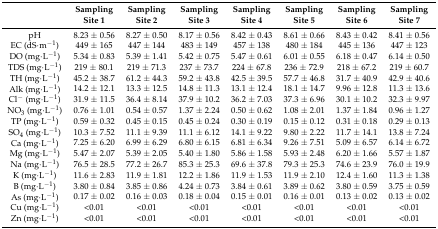
<table><thead><tr><td></td><td><b>Sampling Site 1</b></td><td><b>Sampling Site 2</b></td><td><b>Sampling Site 3</b></td><td><b>Sampling Site 4</b></td><td><b>Sampling Site 5</b></td><td><b>Sampling Site 6</b></td><td><b>Sampling Site 7</b></td></tr></thead><tbody><tr><td>pH</td><td>8.23 ± 0.56</td><td>8.27 ± 0.50</td><td>8.17 ± 0.56</td><td>8.42 ± 0.43</td><td>8.61 ± 0.66</td><td>8.43 ± 0.42</td><td>8.41 ± 0.56</td></tr><tr><td>EC (dS·m<sup>−1</sup>)</td><td>449 ± 165</td><td>447 ± 144</td><td>483 ± 149</td><td>457 ± 138</td><td>480 ± 184</td><td>445 ± 136</td><td>447 ± 123</td></tr><tr><td>DO (mg·L<sup>−1</sup>)</td><td>5.34 ± 0.83</td><td>5.39 ± 1.41</td><td>5.42 ± 0.75</td><td>5.47 ± 0.61</td><td>6.01 ± 0.55</td><td>6.18 ± 0.47</td><td>6.14 ± 0.50</td></tr><tr><td>TDS (mg·L<sup>−1</sup>) </td><td>219 ± 80.1</td><td>219 ± 71.3</td><td>237 ± 73.7</td><td>224 ± 67.8</td><td>236 ± 72.9</td><td>218 ± 67.2</td><td>219 ± 60.7</td></tr><tr><td>TH (mg·L<sup>−1</sup>)</td><td>45.2 ± 38.7</td><td>61.2 ± 44.3</td><td>59.2 ± 43.8</td><td>42.5 ± 39.5</td><td>57.7 ± 46.8</td><td>31.7 ± 40.9</td><td>42.9 ± 40.6</td></tr><tr><td>Alk (mg·L<sup>−1</sup>)</td><td>14.2 ± 12.1</td><td>13.3 ± 12.5</td><td>14.8 ± 11.3</td><td>13.1 ± 12.4</td><td>18.1 ± 14.7</td><td>9.96 ± 12.8</td><td>11.3 ± 13.6</td></tr><tr><td>Cl<sup>−</sup> (mg·L<sup>−1</sup>)</td><td>31.9 ± 11.5</td><td>36.4 ± 8.14</td><td>37.9 ± 10.2</td><td>36.2 ± 7.03</td><td>37.3 ± 6.96</td><td>30.1 ± 10.2</td><td>32.3 ± 9.97</td></tr><tr><td>NO<sub>3</sub> (mg·L<sup>−1</sup>)</td><td>0.76 ± 1.01</td><td>0.54 ± 0.57</td><td>1.37 ± 2.24</td><td>0.50 ± 0.62</td><td>1.08 ± 2.01</td><td>1.37 ± 1.84</td><td>0.96 ± 1.27</td></tr><tr><td>TP (mg·L<sup>−1</sup>)</td><td>0.59 ± 0.32</td><td>0.45 ± 0.15</td><td>0.45 ± 0.24</td><td>0.30 ± 0.19</td><td>0.15 ± 0.12</td><td>0.31 ± 0.18</td><td>0.29 ± 0.13</td></tr><tr><td>SO<sub>4</sub> (mg·L<sup>−1</sup>)</td><td>10.3 ± 7.52</td><td>11.1 ± 9.39</td><td>11.1 ± 6.12</td><td>14.1 ± 9.22</td><td>9.80 ± 2.22</td><td>11.7 ± 14.1</td><td>13.8 ± 7.24</td></tr><tr><td>Ca (mg·L<sup>−1</sup>)</td><td>7.25 ± 6.20</td><td>6.99 ± 6.29</td><td>6.80 ± 6.15</td><td>6.81 ± 6.34</td><td>9.26 ± 7.51</td><td>5.09 ± 6.57</td><td>6.14 ± 6.72</td></tr><tr><td>Mg (mg·L<sup>−1</sup>)</td><td>5.47 ± 2.07</td><td>5.39 ± 2.05</td><td>5.40 ± 1.80</td><td>5.86 ± 1.58</td><td>5.93 ± 2.48</td><td>6.20 ± 1.66</td><td>5.57 ± 1.87</td></tr><tr><td>Na (mg·L<sup>−1</sup>)</td><td>76.5 ± 28.5</td><td>77.2 ± 26.7</td><td>85.3 ± 25.3</td><td>69.6 ± 37.8</td><td>79.3 ± 25.3</td><td>74.6 ± 23.9</td><td>76.0 ± 19.9</td></tr><tr><td>K (mg·L<sup>−1</sup>)</td><td>11.6 ± 2.83</td><td>11.9 ± 1.81</td><td>12.2 ± 1.86</td><td>11.9 ± 1.53</td><td>11.9 ± 2.10</td><td>12.4 ± 1.60</td><td>11.3 ± 1.38</td></tr><tr><td>B (mg·L<sup>−1</sup>)</td><td>3.80 ± 0.84</td><td>3.85 ± 0.86</td><td>4.24 ± 0.73</td><td>3.84 ± 0.61</td><td>3.89 ± 0.62</td><td>3.80 ± 0.59</td><td>3.75 ± 0.59</td></tr><tr><td>As (mg·L<sup>−1</sup>)</td><td>0.17 ± 0.02</td><td>0.16 ± 0.03</td><td>0.18 ± 0.04</td><td>0.15 ± 0.01</td><td>0.16 ± 0.01</td><td>0.13 ± 0.02</td><td>0.13 ± 0.02</td></tr><tr><td>Cu (mg·L<sup>−1</sup>)</td><td>&lt;0.01</td><td>&lt;0.01</td><td>&lt;0.01</td><td>&lt;0.01</td><td>&lt;0.01</td><td>&lt;0.01</td><td>&lt;0.01</td></tr><tr><td>Zn (mg·L<sup>−1</sup>)</td><td>&lt;0.01</td><td>&lt;0.01</td><td>&lt;0.01</td><td>&lt;0.01</td><td>&lt;0.01</td><td>&lt;0.01</td><td>&lt;0.01</td></tr></tbody></table>